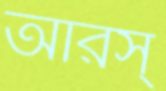
আরস্